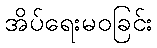
အိပ်ရေးမဝခြင်း